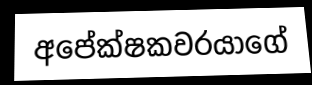
අපේක්ෂකවරයාගේ